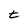
Character: t